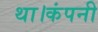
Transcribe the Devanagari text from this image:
था।कंपनी